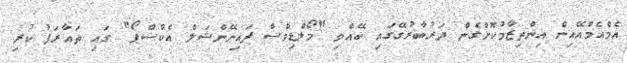
އެމްއެމްއޭއިން އިންތިޒާމުކޮށްގެން ދަރުބާރުގޭގައި ބޭއްވި "މޯލްޑިވްސް ފައިނޭންޝަލް އެކްސްޕޯ" ގައި ތައާރަފު ކުރި